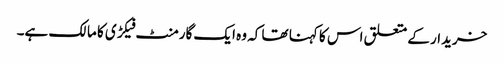
خریدار کے متعلق اس کا کہنا تھا کہ وہ ایک گارمنٹ فیکڑی کا مالک ہے۔